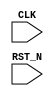
//
// Generated by Bluespec Compiler, version 2024.01-13-ga8fe68a6 (build a8fe68a6)
//
// On Tue Jun 11 10:59:29 IST 2024
//
//
// Ports:
// Name                         I/O  size props
// CLK                            I     1 clock
// RST_N                          I     1 reset
//
// No combinational paths from inputs to outputs
//
//

`ifdef BSV_ASSIGNMENT_DELAY
`else
  `define BSV_ASSIGNMENT_DELAY
`endif

`ifdef BSV_POSITIVE_RESET
  `define BSV_RESET_VALUE 1'b1
  `define BSV_RESET_EDGE posedge
`else
  `define BSV_RESET_VALUE 1'b0
  `define BSV_RESET_EDGE negedge
`endif

module mkTestbench(CLK,
		   RST_N);
  input  CLK;
  input  RST_N;

  // register a
  reg [31 : 0] a;
  wire [31 : 0] a_D_IN;
  wire a_EN;

  // register adder_1_available
  reg adder_1_available;
  wire adder_1_available_D_IN, adder_1_available_EN;

  // register adder_1_cin
  reg adder_1_cin;
  wire adder_1_cin_D_IN, adder_1_cin_EN;

  // register adder_1_in1
  reg [31 : 0] adder_1_in1;
  wire [31 : 0] adder_1_in1_D_IN;
  wire adder_1_in1_EN;

  // register adder_1_in2
  reg [31 : 0] adder_1_in2;
  wire [31 : 0] adder_1_in2_D_IN;
  wire adder_1_in2_EN;

  // register adder_1_result
  reg [32 : 0] adder_1_result;
  wire [32 : 0] adder_1_result_D_IN;
  wire adder_1_result_EN;

  // register b
  reg [31 : 0] b;
  wire [31 : 0] b_D_IN;
  wire b_EN;

  // register cin
  reg cin;
  wire cin_D_IN, cin_EN;

  // register count
  reg [7 : 0] count;
  wire [7 : 0] count_D_IN;
  wire count_EN;

  // register cout
  reg cout;
  wire cout_D_IN, cout_EN;

  // register overflow_flag
  reg overflow_flag;
  wire overflow_flag_D_IN, overflow_flag_EN;

  // register rng_a_r
  reg [31 : 0] rng_a_r;
  wire [31 : 0] rng_a_r_D_IN;
  wire rng_a_r_EN;

  // register rng_b_r
  reg [31 : 0] rng_b_r;
  wire [31 : 0] rng_b_r_D_IN;
  wire rng_b_r_EN;

  // register rng_cin_r
  reg [7 : 0] rng_cin_r;
  wire [7 : 0] rng_cin_r_D_IN;
  wire rng_cin_r_EN;

  // register state
  reg [1 : 0] state;
  reg [1 : 0] state_D_IN;
  wire state_EN;

  // register sum
  reg [31 : 0] sum;
  wire [31 : 0] sum_D_IN;
  wire sum_EN;

  // rule scheduling signals
  wire CAN_FIRE_RL_adder_1_call_compute,
       CAN_FIRE_RL_display_results,
       CAN_FIRE_RL_generate_random_inputs,
       CAN_FIRE_RL_get_results,
       CAN_FIRE_RL_initialize,
       WILL_FIRE_RL_adder_1_call_compute,
       WILL_FIRE_RL_display_results,
       WILL_FIRE_RL_generate_random_inputs,
       WILL_FIRE_RL_get_results,
       WILL_FIRE_RL_initialize;

  // inputs to muxes for submodule ports
  wire [31 : 0] MUX_rng_a_r_write_1__VAL_1, MUX_rng_b_r_write_1__VAL_1;
  wire [7 : 0] MUX_rng_cin_r_write_1__VAL_1;
  wire MUX_state_write_1__SEL_1;

  // remaining internal signals
  wire [32 : 0] calculated_sum__h5805,
		expected_sum__h5804,
		x__h5982,
		x__h5984,
		y__h5823,
		y__h5985;
  wire [31 : 0] adder_1_in1_AND_adder_1_in2___d9, p__h425, sum_val__h429;
  wire _0_CONCAT_a_19_20_PLUS_0_CONCAT_b_21_22_23_PLUS_ETC___d230,
       count_03_ULT_30___d218,
       x__h1093,
       x__h1202,
       x__h1204,
       x__h1310,
       x__h1312,
       x__h1418,
       x__h1420,
       x__h1526,
       x__h1528,
       x__h1634,
       x__h1636,
       x__h1742,
       x__h1744,
       x__h1850,
       x__h1852,
       x__h1958,
       x__h1960,
       x__h2066,
       x__h2068,
       x__h2174,
       x__h2176,
       x__h2282,
       x__h2284,
       x__h2390,
       x__h2392,
       x__h2498,
       x__h2500,
       x__h2606,
       x__h2608,
       x__h2714,
       x__h2716,
       x__h2822,
       x__h2824,
       x__h2930,
       x__h2932,
       x__h3038,
       x__h3040,
       x__h3146,
       x__h3148,
       x__h3254,
       x__h3256,
       x__h3362,
       x__h3364,
       x__h3470,
       x__h3472,
       x__h3578,
       x__h3580,
       x__h3686,
       x__h3688,
       x__h3794,
       x__h3796,
       x__h3902,
       x__h3904,
       x__h4010,
       x__h4012,
       x__h4118,
       x__h4120,
       x__h4226,
       x__h4228,
       x__h4334,
       x__h4336,
       x__h4442,
       x__h4444,
       x__h5637,
       x__h5639,
       y__h5638;

  // rule RL_initialize
  assign CAN_FIRE_RL_initialize = state == 2'd0 ;
  assign WILL_FIRE_RL_initialize = CAN_FIRE_RL_initialize ;

  // rule RL_get_results
  assign CAN_FIRE_RL_get_results = adder_1_available && state == 2'd2 ;
  assign WILL_FIRE_RL_get_results = CAN_FIRE_RL_get_results ;

  // rule RL_display_results
  assign CAN_FIRE_RL_display_results = state == 2'd3 ;
  assign WILL_FIRE_RL_display_results = CAN_FIRE_RL_display_results ;

  // rule RL_adder_1_call_compute
  assign CAN_FIRE_RL_adder_1_call_compute = !adder_1_available ;
  assign WILL_FIRE_RL_adder_1_call_compute =
	     CAN_FIRE_RL_adder_1_call_compute ;

  // rule RL_generate_random_inputs
  assign CAN_FIRE_RL_generate_random_inputs = state == 2'd1 ;
  assign WILL_FIRE_RL_generate_random_inputs =
	     CAN_FIRE_RL_generate_random_inputs ;

  // inputs to muxes for submodule ports
  assign MUX_state_write_1__SEL_1 =
	     WILL_FIRE_RL_display_results && count_03_ULT_30___d218 ;
  assign MUX_rng_a_r_write_1__VAL_1 =
	     rng_a_r[0] ?
	       { 1'd1,
		 rng_a_r[31:8],
		 ~rng_a_r[7],
		 rng_a_r[6],
		 ~rng_a_r[5],
		 rng_a_r[4],
		 ~rng_a_r[3:1] } :
	       { 1'd0, rng_a_r[31:1] } ;
  assign MUX_rng_b_r_write_1__VAL_1 =
	     rng_b_r[0] ?
	       { 1'd1,
		 rng_b_r[31:8],
		 ~rng_b_r[7],
		 rng_b_r[6],
		 ~rng_b_r[5],
		 rng_b_r[4],
		 ~rng_b_r[3:1] } :
	       { 1'd0, rng_b_r[31:1] } ;
  assign MUX_rng_cin_r_write_1__VAL_1 =
	     rng_cin_r[0] ?
	       { 1'd1, rng_cin_r[7:5], ~rng_cin_r[4:2], rng_cin_r[1] } :
	       { 1'd0, rng_cin_r[7:1] } ;

  // register a
  assign a_D_IN = rng_a_r ;
  assign a_EN = CAN_FIRE_RL_generate_random_inputs ;

  // register adder_1_available
  assign adder_1_available_D_IN = !WILL_FIRE_RL_generate_random_inputs ;
  assign adder_1_available_EN =
	     WILL_FIRE_RL_generate_random_inputs ||
	     WILL_FIRE_RL_adder_1_call_compute ;

  // register adder_1_cin
  assign adder_1_cin_D_IN = rng_cin_r[3] ;
  assign adder_1_cin_EN = CAN_FIRE_RL_generate_random_inputs ;

  // register adder_1_in1
  assign adder_1_in1_D_IN = rng_a_r ;
  assign adder_1_in1_EN = CAN_FIRE_RL_generate_random_inputs ;

  // register adder_1_in2
  assign adder_1_in2_D_IN = rng_b_r ;
  assign adder_1_in2_EN = CAN_FIRE_RL_generate_random_inputs ;

  // register adder_1_result
  assign adder_1_result_D_IN =
	     { x__h4442 | adder_1_in1_AND_adder_1_in2___d9[31],
	       sum_val__h429 } ;
  assign adder_1_result_EN = CAN_FIRE_RL_adder_1_call_compute ;

  // register b
  assign b_D_IN = rng_b_r ;
  assign b_EN = CAN_FIRE_RL_generate_random_inputs ;

  // register cin
  assign cin_D_IN = rng_cin_r[3] ;
  assign cin_EN = CAN_FIRE_RL_generate_random_inputs ;

  // register count
  assign count_D_IN = count + 8'd1 ;
  assign count_EN = CAN_FIRE_RL_generate_random_inputs ;

  // register cout
  assign cout_D_IN = adder_1_result[32] ;
  assign cout_EN = CAN_FIRE_RL_get_results ;

  // register overflow_flag
  assign overflow_flag_D_IN = x__h5637 & y__h5638 ;
  assign overflow_flag_EN = CAN_FIRE_RL_get_results ;

  // register rng_a_r
  assign rng_a_r_D_IN =
	     WILL_FIRE_RL_generate_random_inputs ?
	       MUX_rng_a_r_write_1__VAL_1 :
	       32'hAFD7CD41 ;
  assign rng_a_r_EN =
	     WILL_FIRE_RL_generate_random_inputs || WILL_FIRE_RL_initialize ;

  // register rng_b_r
  assign rng_b_r_D_IN =
	     WILL_FIRE_RL_generate_random_inputs ?
	       MUX_rng_b_r_write_1__VAL_1 :
	       32'hC9B12E0A ;
  assign rng_b_r_EN =
	     WILL_FIRE_RL_generate_random_inputs || WILL_FIRE_RL_initialize ;

  // register rng_cin_r
  assign rng_cin_r_D_IN =
	     WILL_FIRE_RL_generate_random_inputs ?
	       MUX_rng_cin_r_write_1__VAL_1 :
	       8'hA5 ;
  assign rng_cin_r_EN =
	     WILL_FIRE_RL_generate_random_inputs || WILL_FIRE_RL_initialize ;

  // register state
  always@(MUX_state_write_1__SEL_1 or
	  WILL_FIRE_RL_initialize or
	  WILL_FIRE_RL_generate_random_inputs or WILL_FIRE_RL_get_results)
  begin
    case (1'b1) // synopsys parallel_case
      MUX_state_write_1__SEL_1 || WILL_FIRE_RL_initialize: state_D_IN = 2'd1;
      WILL_FIRE_RL_generate_random_inputs: state_D_IN = 2'd2;
      WILL_FIRE_RL_get_results: state_D_IN = 2'd3;
      default: state_D_IN = 2'bxx /* unspecified value */ ;
    endcase
  end
  assign state_EN =
	     WILL_FIRE_RL_display_results && count_03_ULT_30___d218 ||
	     WILL_FIRE_RL_initialize ||
	     WILL_FIRE_RL_generate_random_inputs ||
	     WILL_FIRE_RL_get_results ;

  // register sum
  assign sum_D_IN = adder_1_result[31:0] ;
  assign sum_EN = CAN_FIRE_RL_get_results ;

  // remaining internal signals
  assign _0_CONCAT_a_19_20_PLUS_0_CONCAT_b_21_22_23_PLUS_ETC___d230 =
	     expected_sum__h5804 == calculated_sum__h5805 ;
  assign adder_1_in1_AND_adder_1_in2___d9 = adder_1_in1 & adder_1_in2 ;
  assign calculated_sum__h5805 = { cout, sum } ;
  assign count_03_ULT_30___d218 = count < 8'd30 ;
  assign expected_sum__h5804 = x__h5982 + y__h5823 ;
  assign p__h425 = adder_1_in1 ^ adder_1_in2 ;
  assign sum_val__h429 =
	     p__h425 ^
	     { x__h4444,
	       x__h4336,
	       x__h4228,
	       x__h4120,
	       x__h4012,
	       x__h3904,
	       x__h3796,
	       x__h3688,
	       x__h3580,
	       x__h3472,
	       x__h3364,
	       x__h3256,
	       x__h3148,
	       x__h3040,
	       x__h2932,
	       x__h2824,
	       x__h2716,
	       x__h2608,
	       x__h2500,
	       x__h2392,
	       x__h2284,
	       x__h2176,
	       x__h2068,
	       x__h1960,
	       x__h1852,
	       x__h1744,
	       x__h1636,
	       x__h1528,
	       x__h1420,
	       x__h1312,
	       x__h1204,
	       adder_1_cin } ;
  assign x__h1093 = adder_1_cin & p__h425[0] ;
  assign x__h1202 = x__h1204 & p__h425[1] ;
  assign x__h1204 = x__h1093 | adder_1_in1_AND_adder_1_in2___d9[0] ;
  assign x__h1310 = x__h1312 & p__h425[2] ;
  assign x__h1312 = x__h1202 | adder_1_in1_AND_adder_1_in2___d9[1] ;
  assign x__h1418 = x__h1420 & p__h425[3] ;
  assign x__h1420 = x__h1310 | adder_1_in1_AND_adder_1_in2___d9[2] ;
  assign x__h1526 = x__h1528 & p__h425[4] ;
  assign x__h1528 = x__h1418 | adder_1_in1_AND_adder_1_in2___d9[3] ;
  assign x__h1634 = x__h1636 & p__h425[5] ;
  assign x__h1636 = x__h1526 | adder_1_in1_AND_adder_1_in2___d9[4] ;
  assign x__h1742 = x__h1744 & p__h425[6] ;
  assign x__h1744 = x__h1634 | adder_1_in1_AND_adder_1_in2___d9[5] ;
  assign x__h1850 = x__h1852 & p__h425[7] ;
  assign x__h1852 = x__h1742 | adder_1_in1_AND_adder_1_in2___d9[6] ;
  assign x__h1958 = x__h1960 & p__h425[8] ;
  assign x__h1960 = x__h1850 | adder_1_in1_AND_adder_1_in2___d9[7] ;
  assign x__h2066 = x__h2068 & p__h425[9] ;
  assign x__h2068 = x__h1958 | adder_1_in1_AND_adder_1_in2___d9[8] ;
  assign x__h2174 = x__h2176 & p__h425[10] ;
  assign x__h2176 = x__h2066 | adder_1_in1_AND_adder_1_in2___d9[9] ;
  assign x__h2282 = x__h2284 & p__h425[11] ;
  assign x__h2284 = x__h2174 | adder_1_in1_AND_adder_1_in2___d9[10] ;
  assign x__h2390 = x__h2392 & p__h425[12] ;
  assign x__h2392 = x__h2282 | adder_1_in1_AND_adder_1_in2___d9[11] ;
  assign x__h2498 = x__h2500 & p__h425[13] ;
  assign x__h2500 = x__h2390 | adder_1_in1_AND_adder_1_in2___d9[12] ;
  assign x__h2606 = x__h2608 & p__h425[14] ;
  assign x__h2608 = x__h2498 | adder_1_in1_AND_adder_1_in2___d9[13] ;
  assign x__h2714 = x__h2716 & p__h425[15] ;
  assign x__h2716 = x__h2606 | adder_1_in1_AND_adder_1_in2___d9[14] ;
  assign x__h2822 = x__h2824 & p__h425[16] ;
  assign x__h2824 = x__h2714 | adder_1_in1_AND_adder_1_in2___d9[15] ;
  assign x__h2930 = x__h2932 & p__h425[17] ;
  assign x__h2932 = x__h2822 | adder_1_in1_AND_adder_1_in2___d9[16] ;
  assign x__h3038 = x__h3040 & p__h425[18] ;
  assign x__h3040 = x__h2930 | adder_1_in1_AND_adder_1_in2___d9[17] ;
  assign x__h3146 = x__h3148 & p__h425[19] ;
  assign x__h3148 = x__h3038 | adder_1_in1_AND_adder_1_in2___d9[18] ;
  assign x__h3254 = x__h3256 & p__h425[20] ;
  assign x__h3256 = x__h3146 | adder_1_in1_AND_adder_1_in2___d9[19] ;
  assign x__h3362 = x__h3364 & p__h425[21] ;
  assign x__h3364 = x__h3254 | adder_1_in1_AND_adder_1_in2___d9[20] ;
  assign x__h3470 = x__h3472 & p__h425[22] ;
  assign x__h3472 = x__h3362 | adder_1_in1_AND_adder_1_in2___d9[21] ;
  assign x__h3578 = x__h3580 & p__h425[23] ;
  assign x__h3580 = x__h3470 | adder_1_in1_AND_adder_1_in2___d9[22] ;
  assign x__h3686 = x__h3688 & p__h425[24] ;
  assign x__h3688 = x__h3578 | adder_1_in1_AND_adder_1_in2___d9[23] ;
  assign x__h3794 = x__h3796 & p__h425[25] ;
  assign x__h3796 = x__h3686 | adder_1_in1_AND_adder_1_in2___d9[24] ;
  assign x__h3902 = x__h3904 & p__h425[26] ;
  assign x__h3904 = x__h3794 | adder_1_in1_AND_adder_1_in2___d9[25] ;
  assign x__h4010 = x__h4012 & p__h425[27] ;
  assign x__h4012 = x__h3902 | adder_1_in1_AND_adder_1_in2___d9[26] ;
  assign x__h4118 = x__h4120 & p__h425[28] ;
  assign x__h4120 = x__h4010 | adder_1_in1_AND_adder_1_in2___d9[27] ;
  assign x__h4226 = x__h4228 & p__h425[29] ;
  assign x__h4228 = x__h4118 | adder_1_in1_AND_adder_1_in2___d9[28] ;
  assign x__h4334 = x__h4336 & p__h425[30] ;
  assign x__h4336 = x__h4226 | adder_1_in1_AND_adder_1_in2___d9[29] ;
  assign x__h4442 = x__h4444 & p__h425[31] ;
  assign x__h4444 = x__h4334 | adder_1_in1_AND_adder_1_in2___d9[30] ;
  assign x__h5637 = x__h5639 ^ adder_1_in2[31] ;
  assign x__h5639 = ~adder_1_in1[31] ;
  assign x__h5982 = x__h5984 + y__h5985 ;
  assign x__h5984 = { 1'd0, a } ;
  assign y__h5638 = adder_1_in2[31] ^ adder_1_result[31] ;
  assign y__h5823 = { 32'b0, cin } ;
  assign y__h5985 = { 1'd0, b } ;

  // handling of inlined registers

  always@(posedge CLK)
  begin
    if (RST_N == `BSV_RESET_VALUE)
      begin
        a <= `BSV_ASSIGNMENT_DELAY 32'h70000000;
	adder_1_available <= `BSV_ASSIGNMENT_DELAY 1'd1;
	adder_1_cin <= `BSV_ASSIGNMENT_DELAY 1'd0;
	adder_1_in1 <= `BSV_ASSIGNMENT_DELAY 32'd0;
	adder_1_in2 <= `BSV_ASSIGNMENT_DELAY 32'd0;
	adder_1_result <= `BSV_ASSIGNMENT_DELAY 33'd0;
	b <= `BSV_ASSIGNMENT_DELAY 32'h10000000;
	cin <= `BSV_ASSIGNMENT_DELAY 1'd1;
	count <= `BSV_ASSIGNMENT_DELAY 8'd0;
	cout <= `BSV_ASSIGNMENT_DELAY 1'd0;
	overflow_flag <= `BSV_ASSIGNMENT_DELAY 1'd0;
	rng_a_r <= `BSV_ASSIGNMENT_DELAY 32'd1;
	rng_b_r <= `BSV_ASSIGNMENT_DELAY 32'd1;
	rng_cin_r <= `BSV_ASSIGNMENT_DELAY 8'd1;
	state <= `BSV_ASSIGNMENT_DELAY 2'd0;
	sum <= `BSV_ASSIGNMENT_DELAY 32'd0;
      end
    else
      begin
        if (a_EN) a <= `BSV_ASSIGNMENT_DELAY a_D_IN;
	if (adder_1_available_EN)
	  adder_1_available <= `BSV_ASSIGNMENT_DELAY adder_1_available_D_IN;
	if (adder_1_cin_EN)
	  adder_1_cin <= `BSV_ASSIGNMENT_DELAY adder_1_cin_D_IN;
	if (adder_1_in1_EN)
	  adder_1_in1 <= `BSV_ASSIGNMENT_DELAY adder_1_in1_D_IN;
	if (adder_1_in2_EN)
	  adder_1_in2 <= `BSV_ASSIGNMENT_DELAY adder_1_in2_D_IN;
	if (adder_1_result_EN)
	  adder_1_result <= `BSV_ASSIGNMENT_DELAY adder_1_result_D_IN;
	if (b_EN) b <= `BSV_ASSIGNMENT_DELAY b_D_IN;
	if (cin_EN) cin <= `BSV_ASSIGNMENT_DELAY cin_D_IN;
	if (count_EN) count <= `BSV_ASSIGNMENT_DELAY count_D_IN;
	if (cout_EN) cout <= `BSV_ASSIGNMENT_DELAY cout_D_IN;
	if (overflow_flag_EN)
	  overflow_flag <= `BSV_ASSIGNMENT_DELAY overflow_flag_D_IN;
	if (rng_a_r_EN) rng_a_r <= `BSV_ASSIGNMENT_DELAY rng_a_r_D_IN;
	if (rng_b_r_EN) rng_b_r <= `BSV_ASSIGNMENT_DELAY rng_b_r_D_IN;
	if (rng_cin_r_EN) rng_cin_r <= `BSV_ASSIGNMENT_DELAY rng_cin_r_D_IN;
	if (state_EN) state <= `BSV_ASSIGNMENT_DELAY state_D_IN;
	if (sum_EN) sum <= `BSV_ASSIGNMENT_DELAY sum_D_IN;
      end
  end

  // synopsys translate_off
  `ifdef BSV_NO_INITIAL_BLOCKS
  `else // not BSV_NO_INITIAL_BLOCKS
  initial
  begin
    a = 32'hAAAAAAAA;
    adder_1_available = 1'h0;
    adder_1_cin = 1'h0;
    adder_1_in1 = 32'hAAAAAAAA;
    adder_1_in2 = 32'hAAAAAAAA;
    adder_1_result = 33'h0AAAAAAAA;
    b = 32'hAAAAAAAA;
    cin = 1'h0;
    count = 8'hAA;
    cout = 1'h0;
    overflow_flag = 1'h0;
    rng_a_r = 32'hAAAAAAAA;
    rng_b_r = 32'hAAAAAAAA;
    rng_cin_r = 8'hAA;
    state = 2'h2;
    sum = 32'hAAAAAAAA;
  end
  `endif // BSV_NO_INITIAL_BLOCKS
  // synopsys translate_on

  // handling of system tasks

  // synopsys translate_off
  always@(negedge CLK)
  begin
    #0;
    if (RST_N != `BSV_RESET_VALUE)
      if (WILL_FIRE_RL_display_results && count_03_ULT_30___d218 &&
	  _0_CONCAT_a_19_20_PLUS_0_CONCAT_b_21_22_23_PLUS_ETC___d230)
	$display("Test Passed");
    if (RST_N != `BSV_RESET_VALUE)
      if (WILL_FIRE_RL_display_results && count_03_ULT_30___d218 &&
	  !_0_CONCAT_a_19_20_PLUS_0_CONCAT_b_21_22_23_PLUS_ETC___d230)
	$display("Test Failed: ");
    if (RST_N != `BSV_RESET_VALUE)
      if (WILL_FIRE_RL_display_results && count_03_ULT_30___d218 &&
	  !_0_CONCAT_a_19_20_PLUS_0_CONCAT_b_21_22_23_PLUS_ETC___d230)
	$display("  %32b\n+ %32b\n+\t\t\t\t %0b\n= \n  %32b", a, b, cin, sum);
    if (RST_N != `BSV_RESET_VALUE)
      if (WILL_FIRE_RL_display_results && count_03_ULT_30___d218 &&
	  !_0_CONCAT_a_19_20_PLUS_0_CONCAT_b_21_22_23_PLUS_ETC___d230)
	$display(" %33b", expected_sum__h5804);
    if (RST_N != `BSV_RESET_VALUE)
      if (WILL_FIRE_RL_display_results && count_03_ULT_30___d218 &&
	  !_0_CONCAT_a_19_20_PLUS_0_CONCAT_b_21_22_23_PLUS_ETC___d230)
	$display("Cout = %0b", cout);
    if (RST_N != `BSV_RESET_VALUE)
      if (WILL_FIRE_RL_display_results && count_03_ULT_30___d218 &&
	  !_0_CONCAT_a_19_20_PLUS_0_CONCAT_b_21_22_23_PLUS_ETC___d230)
	$display("Overflow Flag = %0h\n", overflow_flag);
    if (RST_N != `BSV_RESET_VALUE)
      if (WILL_FIRE_RL_display_results && count_03_ULT_30___d218 &&
	  overflow_flag)
	$display("Overflow occured");
    if (RST_N != `BSV_RESET_VALUE)
      if (WILL_FIRE_RL_display_results && !count_03_ULT_30___d218)
	$finish(32'd0);
  end
  // synopsys translate_on
endmodule  // mkTestbench